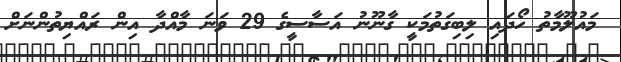
މައުލޫމާތު ހޯދައި ލިބިގަތުމަކީ ގާނޫނު އަސާސީގެ 29 ވަނަ މާއްދާ އިން ރައްޔިތުންނަށް